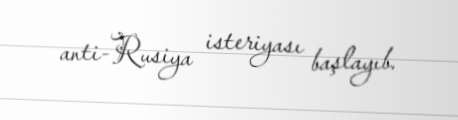
anti-Rusiya isteriyası başlayıb.